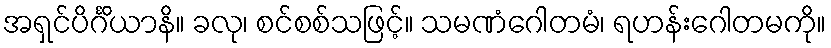
အရှင်ပိင်္ဂိယာနိ။ ခလု၊ စင်စစ်သဖြင့်။ သမဏံဂေါတမံ၊ ရဟန်းဂေါတမကို။